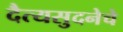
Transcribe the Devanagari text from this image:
दैत्यसुदनेचे